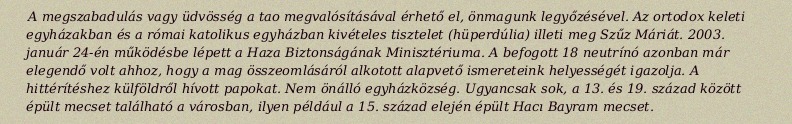
A megszabadulás vagy üdvösség a tao megvalósításával érhető el, önmagunk legyőzésével. Az ortodox keleti egyházakban és a római katolikus egyházban kivételes tisztelet (hüperdúlia) illeti meg Szűz Máriát. 2003. január 24-én működésbe lépett a Haza Biztonságának Minisztériuma. A befogott 18 neutrínó azonban már elegendő volt ahhoz, hogy a mag összeomlásáról alkotott alapvető ismereteink helyességét igazolja. A hittérítéshez külföldről hívott papokat. Nem önálló egyházközség. Ugyancsak sok, a 13. és 19. század között épült mecset található a városban, ilyen például a 15. század elején épült Hacı Bayram mecset.